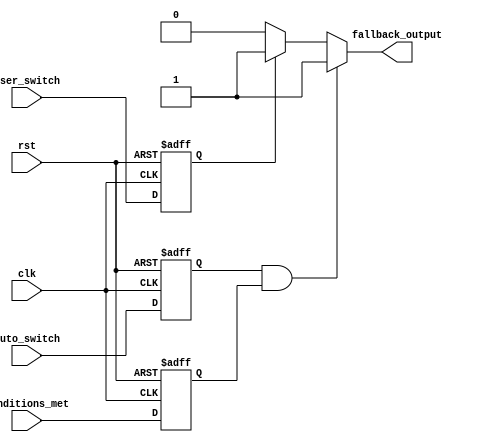
module Fallback_Bypass_Register (
    input wire clk, // Clock signal
    input wire rst, // Reset signal
    input wire auto_switch, // Automatic switch control signal
    input wire user_switch, // Manual switch control signal
    input wire conditions_met, // Conditions met signal
    output reg fallback_output // Fallback output signal
);

// Registers for storing control signals
reg auto_switch_reg, user_switch_reg, conditions_met_reg;

// Synchronize input signals with the clock
always @(posedge clk or posedge rst) begin
    if (rst) begin
        auto_switch_reg <= 1'b0;
        user_switch_reg <= 1'b0;
        conditions_met_reg <= 1'b0;
    end else begin
        auto_switch_reg <= auto_switch;
        user_switch_reg <= user_switch;
        conditions_met_reg <= conditions_met;
    end
end

// Fallback path selection logic
always @* begin
    if (auto_switch_reg && conditions_met_reg) begin
        fallback_output <= 1'b1;
    end else if (user_switch_reg) begin
        fallback_output <= 1'b1;
    end else begin
        fallback_output <= 1'b0;
    end
end

endmodule